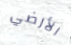
الأرضي